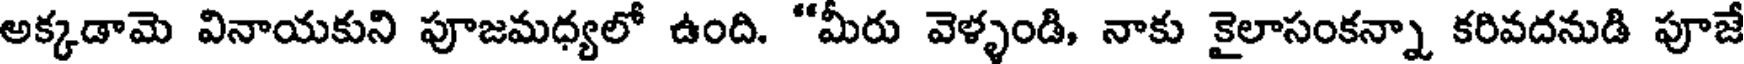
అక్కడామె వినాయకుని పూజమధ్యలో ఉంది. "మీరు వెళ్ళండి, నాకు కైలాసంకన్నా కరివదనుడి పూజే